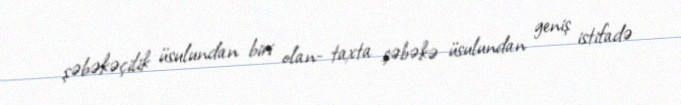
şəbəkəçilik üsulundan biri olan- taxta şəbəkə üsulundan geniş istifadə